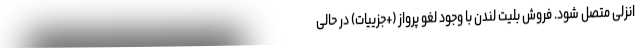
انزلی متصل شود. فروش بلیت لندن با وجود لغو پرواز (+جزییات) در حالی